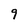
Character: 9